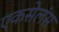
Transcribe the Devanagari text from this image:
एकसेलंस